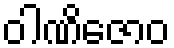
ဝါဏိဇောဝ